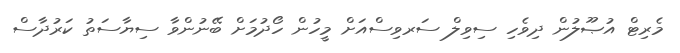
މެރިޓް އުޞޫލުން ދިވެހި ސިވިލް ސަރވިސްއަށް މީހުން ހޯދުމަށް ބޭނުންވާ ސިޔާސަތު ކަރުދާސް